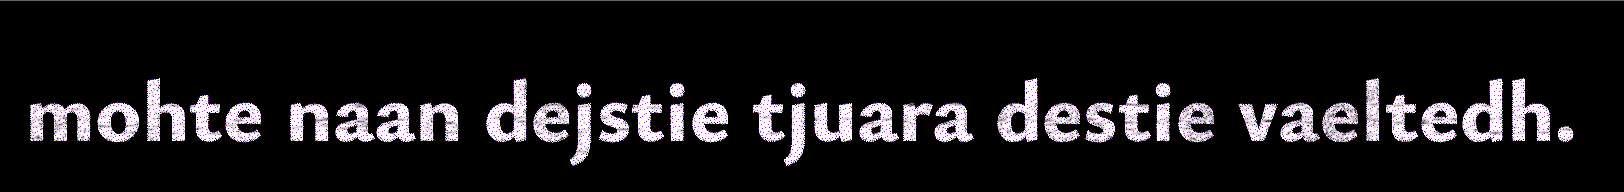
mohte naan dejstie tjuara destie vaeltedh.